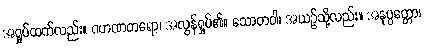
အရှုပ်ထက်လည်း။ ဂဟဏတရော၊ အလွန်ရှုပ်၏။ သောတဝါ၊ အယဉ်သို့လည်း။ အနုပ္ပတ္တော၊